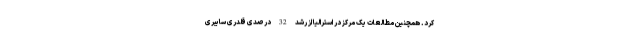
کرد. همچنین مطالعات یک مرکز در استرالیا از رشد 32 درصدی قلدری سایبری